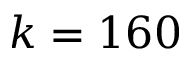
k = 1 6 0